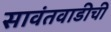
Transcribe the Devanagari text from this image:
सावंतवाडीची